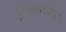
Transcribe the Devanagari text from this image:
अरिष्टनेमिः।